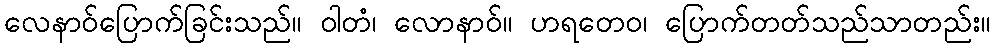
လေနာဝ်ပြောက်ခြင်းသည်။ ဝါတံ၊ လောနာဝ်။ ဟရတေဝ၊ ပြောက်တတ်သည်သာတည်း။